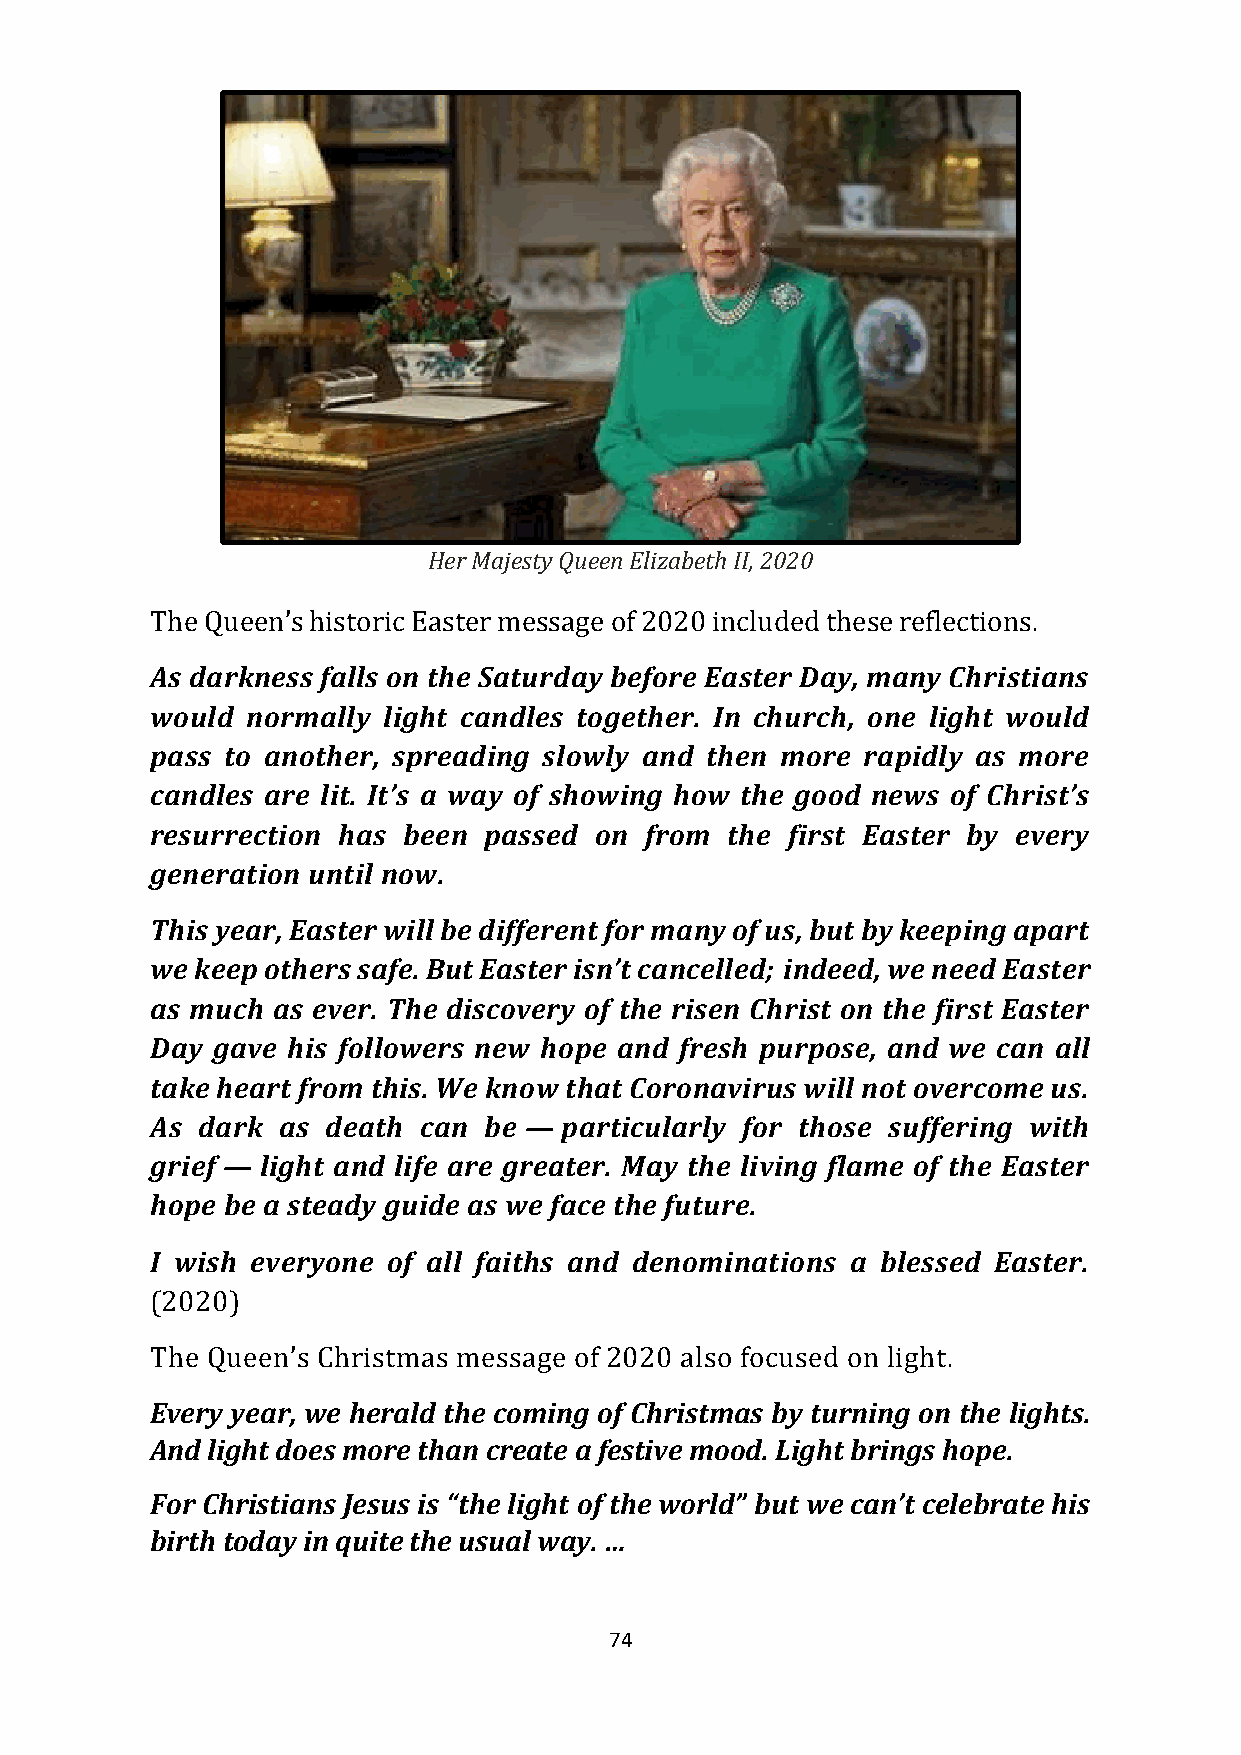
Her Majesty Queen Elizabeth II, 2020
 The Queen’s historic Easter message of 2020 included these reflections.
 As darkness falls on the Saturday before Easter Day, many Christians
 would normally light candles together. In church, one light would
 pass to another, spreading slowly and then more rapidly as more
 candles are lit. It’s a way of showing how the good news of Christ’s
 resurrection has been passed on  from the first Easter by every
 generation until now.
 This year, Easter will be different for many of us, but by keeping apart
 we keep others safe. But Easter isn’t cancelled; indeed, we need Easter
 as much as ever. The discovery of the risen Christ on the first Easter
 Day gave his followers new hope and fresh purpose, and we can all
 take heart from this. We know that Coronavirus will not overcome us.
 As dark as  death can be — particularly for those suffering with
 grief — light and life are greater. May the living flame of the Easter
 hope be a steady guide as we face the future.
 I wish everyone of all faiths and denominations a blessed Easter.
 (2020)
 The Queen’s Christmas message of 2020 also focused on light.
 Every year, we herald the coming of Christmas by turning on the lights.
 And light does more than create a festive mood. Light brings hope.
 For Christians Jesus is “the light of the world” but we can’t celebrate his
 birth today in quite the usual way. …
 74